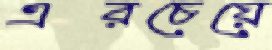
এরচেয়ে